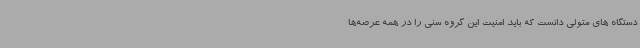
دستگاه های متولی دانست که باید امنیت این گروه سنی را در همه عرصه‌ها